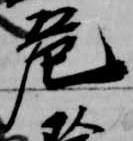
危